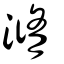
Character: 潃